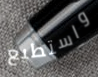
واستطيع